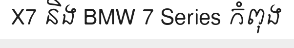
X7 និង BMW 7 Series កំពុង